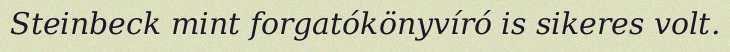
Steinbeck mint forgatókönyvíró is sikeres volt.